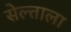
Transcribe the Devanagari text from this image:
सेल्ताला